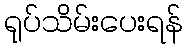
ရုပ်သိမ်းပေးရန်